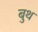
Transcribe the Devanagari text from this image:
बुथ